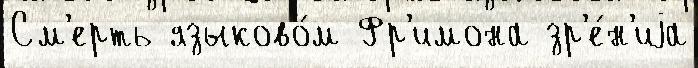
См'ерть языково́м Фр'имона зр'е́н'иjа